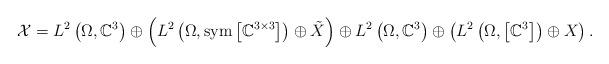
LaTeX: \begin{align*}\mathcal{X}=L^{2}\left(\Omega,\mathbb{C}^{3}\right)\oplus\left(L^{2}\left(\Omega,\mathrm{sym}\left[\mathbb{C}^{3\times3}\right]\right)\oplus\tilde{X}\right)\oplus L^{2}\left(\Omega,\mathbb{C}^{3}\right)\oplus\left(L^{2}\left(\Omega,\left[\mathbb{C}^{3}\right]\right)\oplus X\right).\end{align*}